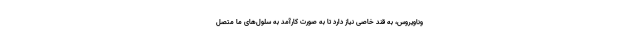
وناویروس، به قند خاصی نیاز دارد تا به صورت کارآمد به سلول‌های ما متصل